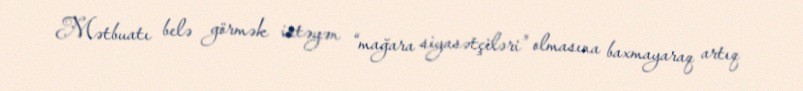
Mətbuatı belə görmək istəyən “mağara siyasətçiləri” olmasına baxmayaraq artıq